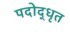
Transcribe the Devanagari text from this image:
पदोद्धृत